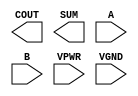
module sky130_fd_sc_hs__ha (
    COUT,
    SUM ,
    A   ,
    B   ,
    VPWR,
    VGND
);

    output COUT;
    output SUM ;
    input  A   ;
    input  B   ;
    input  VPWR;
    input  VGND;
endmodule